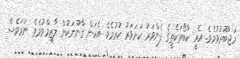
މަޖުބޫރުވުމެވެ. އެއީ ކާބޯތަކެތީގެ ފެންވަރު ކަށަވަރު ކުރުމެވެ. އެކަން ގާނޫނަކުން ލާޒިމްވުމެވެ. ނަމަވެސް